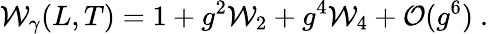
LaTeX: {\cal W}_{\gamma}(L,T)=1+g^{2}{\cal W}_{2}+g^{4}{\cal W}_{4}+{\cal O}(g^{6})\ .